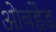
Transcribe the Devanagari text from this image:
ओवहैड